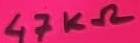
Text: 47KΩ